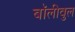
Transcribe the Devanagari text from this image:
बॉलीवुल